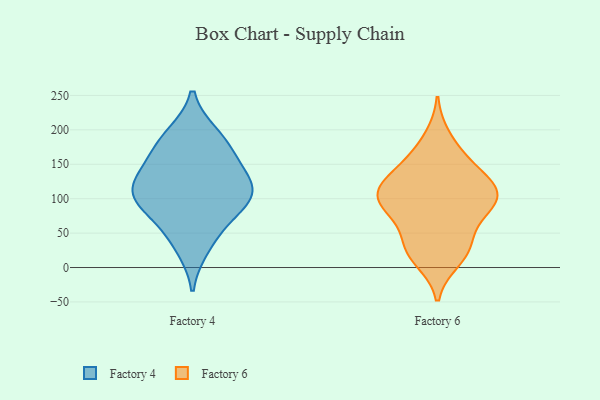
{"axis": {"x": "Production Output", "y": "Value"}, "legend": ["Factory 4", "Factory 6"], "data": [{"x": "", "y": 187, "type": "Factory 4"}, {"x": "", "y": 86, "type": "Factory 4"}, {"x": "", "y": 96, "type": "Factory 4"}, {"x": "", "y": 29, "type": "Factory 4"}, {"x": "", "y": 158, "type": "Factory 4"}, {"x": "", "y": 193, "type": "Factory 4"}, {"x": "", "y": 119, "type": "Factory 4"}, {"x": "", "y": 155, "type": "Factory 4"}, {"x": "", "y": 58, "type": "Factory 4"}, {"x": "", "y": 103, "type": "Factory 4"}, {"x": "", "y": 114, "type": "Factory 4"}, {"x": "", "y": 122, "type": "Factory 4"}, {"x": "", "y": 189, "type": "Factory 6"}, {"x": "", "y": 119, "type": "Factory 6"}, {"x": "", "y": 112, "type": "Factory 6"}, {"x": "", "y": 95, "type": "Factory 6"}, {"x": "", "y": 11, "type": "Factory 6"}, {"x": "", "y": 97, "type": "Factory 6"}, {"x": "", "y": 39, "type": "Factory 6"}, {"x": "", "y": 77, "type": "Factory 6"}, {"x": "", "y": 35, "type": "Factory 6"}, {"x": "", "y": 17, "type": "Factory 6"}, {"x": "", "y": 93, "type": "Factory 6"}, {"x": "", "y": 157, "type": "Factory 6"}, {"x": "", "y": 124, "type": "Factory 6"}, {"x": "", "y": 159, "type": "Factory 6"}, {"x": "", "y": 90, "type": "Factory 6"}, {"x": "", "y": 123, "type": "Factory 6"}, {"x": "", "y": 88, "type": "Factory 6"}, {"x": "", "y": 130, "type": "Factory 6"}, {"x": "", "y": 30, "type": "Factory 6"}]}